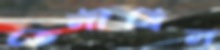
তেলীবিল